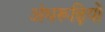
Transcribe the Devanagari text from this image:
अंधरूढ़ियों